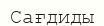
Сағдиды